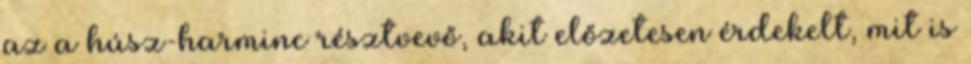
az a húsz-harminc résztvevő, akit előzetesen érdekelt, mit is